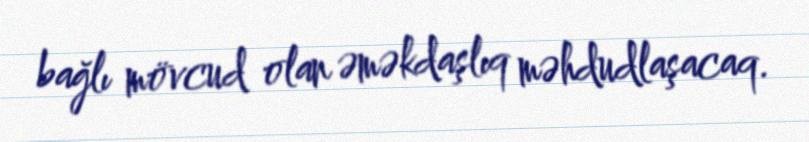
bağlı mövcud olan əməkdaşlıq məhdudlaşacaq.